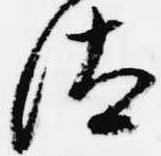
汰